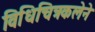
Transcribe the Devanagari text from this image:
विधिचित्रकलेने